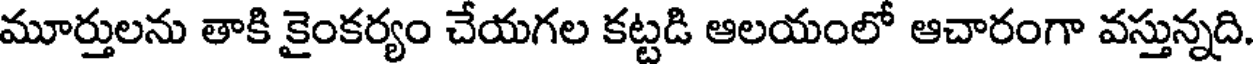
మూర్తులను తాకి కైంకర్యం చేయగల కట్టడి ఆలయంలో ఆచారంగా వస్తున్నది